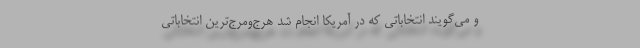
و می‌گویند انتخاباتی که در آمریکا انجام شد هرج‌ومرج‌ترین انتخاباتی